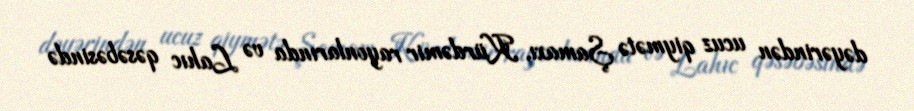
dəyərindən ucuz qiymətə Şamaxı, Kürdəmir rayonlarında və Lahıc qəsəbəsində